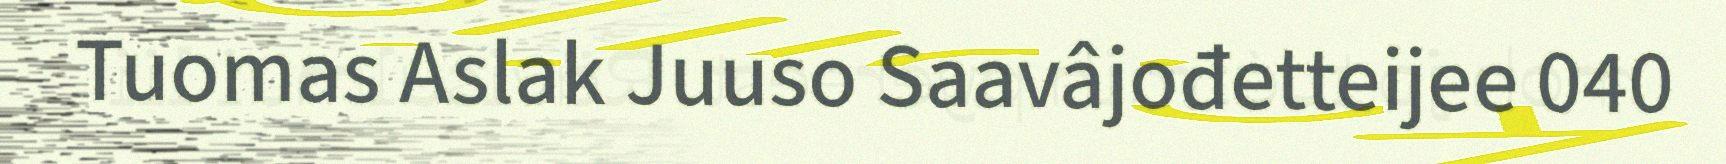
Tuomas Aslak Juuso Saavâjođetteijee 040